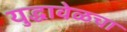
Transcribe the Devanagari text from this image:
युद्धावेळचा